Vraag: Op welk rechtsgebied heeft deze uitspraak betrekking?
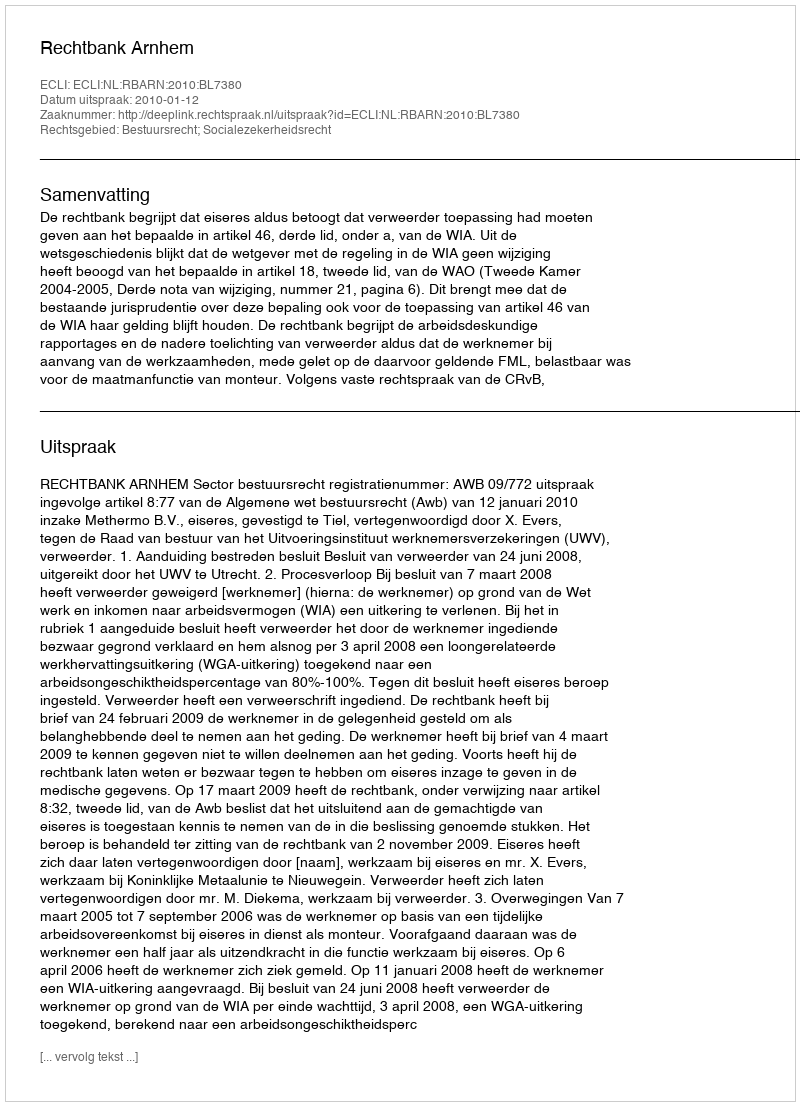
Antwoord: Bestuursrecht; Socialezekerheidsrecht